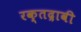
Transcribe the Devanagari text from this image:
रक्तद्रावी